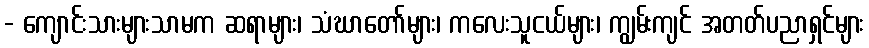
- ကျောင်းသားများသာမက ဆရာများ၊ သံဃာတော်များ၊ ကလေးသူငယ်များ၊ ကျွမ်းကျင် အတတ်ပညာရှင်များ